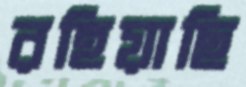
রহিয়াছি